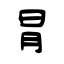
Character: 冐